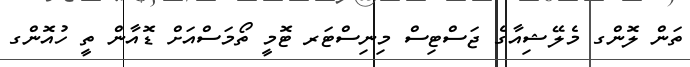
ތަން ލޮންގ މެލޭޝިއާގެ ޖަސްޓިސް މިނިސްޓަރ ޓޮމީ ތޯމަސްއަށް ޑޮއާން ތީ ހުއޮންގ